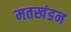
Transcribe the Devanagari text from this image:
मतखंडन